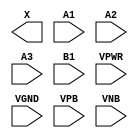
/**
 * Copyright 2020 The SkyWater PDK Authors
 *
 * Licensed under the Apache License, Version 2.0 (the "License");
 * you may not use this file except in compliance with the License.
 * You may obtain a copy of the License at
 *
 *     https://www.apache.org/licenses/LICENSE-2.0
 *
 * Unless required by applicable law or agreed to in writing, software
 * distributed under the License is distributed on an "AS IS" BASIS,
 * WITHOUT WARRANTIES OR CONDITIONS OF ANY KIND, either express or implied.
 * See the License for the specific language governing permissions and
 * limitations under the License.
 *
 * SPDX-License-Identifier: Apache-2.0
 */

`ifndef SKY130_FD_SC_LS__A31O_PP_BLACKBOX_V
`define SKY130_FD_SC_LS__A31O_PP_BLACKBOX_V

/**
 * a31o: 3-input AND into first input of 2-input OR.
 *
 *       X = ((A1 & A2 & A3) | B1)
 *
 * Verilog stub definition (black box with power pins).
 *
 * WARNING: This file is autogenerated, do not modify directly!
 */

`timescale 1ns / 1ps
`default_nettype none

(* blackbox *)
module sky130_fd_sc_ls__a31o (
    X   ,
    A1  ,
    A2  ,
    A3  ,
    B1  ,
    VPWR,
    VGND,
    VPB ,
    VNB
);

    output X   ;
    input  A1  ;
    input  A2  ;
    input  A3  ;
    input  B1  ;
    input  VPWR;
    input  VGND;
    input  VPB ;
    input  VNB ;
endmodule

`default_nettype wire
`endif  // SKY130_FD_SC_LS__A31O_PP_BLACKBOX_V